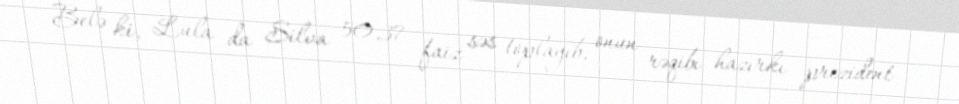
Belə ki, Lula da Silva 50,37 faiz səs toplayıb, onun rəqibi hazırkı prezident